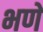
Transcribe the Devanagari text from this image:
भणे